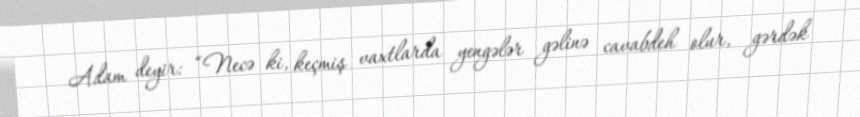
Adam deyir: “Necə ki, keçmiş vaxtlarda yengələr gəlinə cavabdeh olur, gərdək